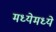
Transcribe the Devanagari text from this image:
मध्येमध्ये